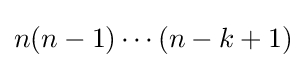
n(n-1)\cdots (n-k+1)